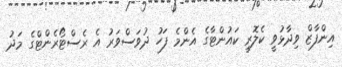
އިންފާޒް ވިދާޅުވީ ކެލޮރީ ކައުންޓާގެ އެންމެ ފަހު ދުވަސްވަރު އެ ރެސްޓޯރެންޓްގެ މަދު